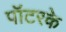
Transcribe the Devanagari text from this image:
पॉटरके